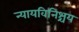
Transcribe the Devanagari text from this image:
न्यायविनिश्चय